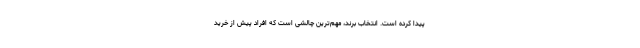
پیدا کرده است. انتخاب برند، مهم‌ترین چالشی است که افراد پیش از خرید